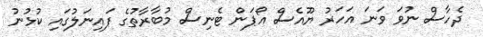
ދެހާސް ނުވަ ވަނަ އަހަރު ޔޫއެސް އޯޕަން ޓެނިސް މުބާރާތުގެ ފައިނަލުގައި ކުޅުނު